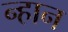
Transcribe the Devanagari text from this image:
न्हान